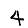
Digit: 4